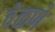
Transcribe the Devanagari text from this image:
वेळणे